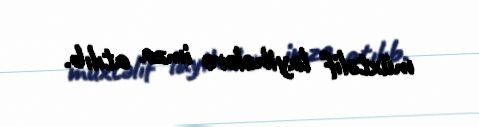
müxtəlif layihələrə imza atılıb.